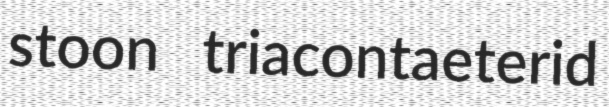
stoon triacontaeterid